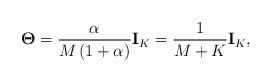
\begin{align*}\mathbf{\Theta} = {\alpha \over M \left(1+\alpha \right)} \mathbf{I}_K = {1 \over M + K} \mathbf{I}_K,\end{align*}